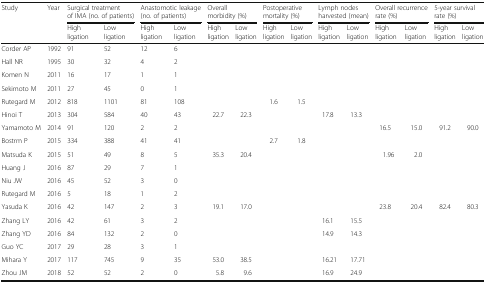
<table><thead><tr><td rowspan="2"><b>Study</b></td><td rowspan="2"><b>Year</b></td><td colspan="2"><b>Surgical treatment of IMA (no. of patients)</b></td><td colspan="2"><b>Anastomotic leakage (no. of patients)</b></td><td colspan="2"><b>Overall morbidity (%)</b></td><td colspan="2"><b>Postoperative mortality (%)</b></td><td colspan="2"><b>Lymph nodes harvested (mean)</b></td><td colspan="2"><b>Overall recurrence rate (%)</b></td><td colspan="2"><b>5-year survival rate (%)</b></td></tr><tr><td><b>High ligation</b></td><td><b>Low ligation</b></td><td><b>High ligation</b></td><td><b>Low ligation</b></td><td><b>High ligation</b></td><td><b>Low ligation</b></td><td><b>High ligation</b></td><td><b>Low ligation</b></td><td><b>High ligation</b></td><td><b>Low ligation</b></td><td><b>High ligation</b></td><td><b>Low ligation</b></td><td><b>High ligation</b></td><td><b>Low ligation</b></td></tr></thead><tbody><tr><td>Corder AP</td><td>1992</td><td>91</td><td>52</td><td>12</td><td>6</td><td></td><td></td><td></td><td></td><td></td><td></td><td></td><td></td><td></td><td></td></tr><tr><td>Hall NR</td><td>1995</td><td>30</td><td>32</td><td>4</td><td>2</td><td></td><td></td><td></td><td></td><td></td><td></td><td></td><td></td><td></td><td></td></tr><tr><td>Komen N</td><td>2011</td><td>16</td><td>17</td><td>1</td><td>1</td><td></td><td></td><td></td><td></td><td></td><td></td><td></td><td></td><td></td><td></td></tr><tr><td>Sekimoto M</td><td>2011</td><td>27</td><td>45</td><td>0</td><td>1</td><td></td><td></td><td></td><td></td><td></td><td></td><td></td><td></td><td></td><td></td></tr><tr><td>Rutegard M</td><td>2012</td><td>818</td><td>1101</td><td>81</td><td>108</td><td></td><td></td><td>1.6</td><td>1.5</td><td></td><td></td><td></td><td></td><td></td><td></td></tr><tr><td>Hinoi T</td><td>2013</td><td>304</td><td>584</td><td>40</td><td>43</td><td>22.7</td><td>22.3</td><td></td><td></td><td>17.8</td><td>13.3</td><td></td><td></td><td></td><td></td></tr><tr><td>Yamamoto M</td><td>2014</td><td>91</td><td>120</td><td>2</td><td>2</td><td></td><td></td><td></td><td></td><td></td><td></td><td>16.5</td><td>15.0</td><td>91.2</td><td>90.0</td></tr><tr><td>Bostrm P</td><td>2015</td><td>334</td><td>388</td><td>41</td><td>41</td><td></td><td></td><td>2.7</td><td>1.8</td><td></td><td></td><td></td><td></td><td></td><td></td></tr><tr><td>Matsuda K</td><td>2015</td><td>51</td><td>49</td><td>8</td><td>5</td><td>35.3</td><td>20.4</td><td></td><td></td><td></td><td></td><td>1.96</td><td>2.0</td><td></td><td></td></tr><tr><td>Huang J</td><td>2016</td><td>87</td><td>29</td><td>7</td><td>1</td><td></td><td></td><td></td><td></td><td></td><td></td><td></td><td></td><td></td><td></td></tr><tr><td>Niu JW</td><td>2016</td><td>45</td><td>52</td><td>3</td><td>0</td><td></td><td></td><td></td><td></td><td></td><td></td><td></td><td></td><td></td><td></td></tr><tr><td>Rutegard M</td><td>2016</td><td>5</td><td>18</td><td>1</td><td>2</td><td></td><td></td><td></td><td></td><td></td><td></td><td></td><td></td><td></td><td></td></tr><tr><td>Yasuda K</td><td>2016</td><td>42</td><td>147</td><td>2</td><td>3</td><td>19.1</td><td>17.0</td><td></td><td></td><td></td><td></td><td>23.8</td><td>20.4</td><td>82.4</td><td>80.3</td></tr><tr><td>Zhang LY</td><td>2016</td><td>42</td><td>61</td><td>3</td><td>2</td><td></td><td></td><td></td><td></td><td>16.1</td><td>15.5</td><td></td><td></td><td></td><td></td></tr><tr><td>Zhang YD</td><td>2016</td><td>84</td><td>132</td><td>2</td><td>0</td><td></td><td></td><td></td><td></td><td>14.9</td><td>14.3</td><td></td><td></td><td></td><td></td></tr><tr><td>Guo YC</td><td>2017</td><td>29</td><td>28</td><td>3</td><td>1</td><td></td><td></td><td></td><td></td><td></td><td></td><td></td><td></td><td></td><td></td></tr><tr><td>Mihara Y</td><td>2017</td><td>117</td><td>745</td><td>9</td><td>35</td><td>53.0</td><td>38.5</td><td></td><td></td><td>16.21</td><td>17.71</td><td></td><td></td><td></td><td></td></tr><tr><td>Zhou JM</td><td>2018</td><td>52</td><td>52</td><td>2</td><td>0</td><td>5.8</td><td>9.6</td><td></td><td></td><td>16.9</td><td>24.9</td><td></td><td></td><td></td><td></td></tr></tbody></table>